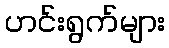
ဟင်းရွက်များ